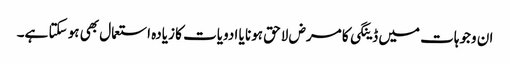
ان وجوہات میں ڈینگی کا مرض لاحق ہونا یا ادویات کا زیادہ استعمال بھی ہو سکتا ہے۔